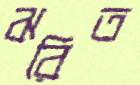
ঝরিত